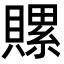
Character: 𧷳